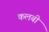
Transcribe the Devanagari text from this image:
कलबी